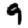
Digit: 9